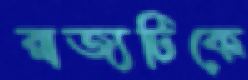
রাজ্যটিকে